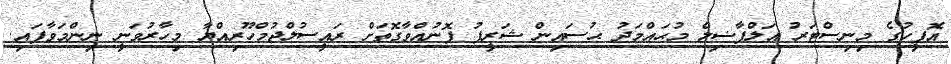
އޮފީހުގެ މިނިސްޓަރު އަލްފާޟިލް މުޙައްމަދު ޙުސައިން ޝަރީފު ފޮނުއްވާގޮތަށް ރައީސުލްޖުމްހޫރިއްޔާ މިހާރުވަނީ ނިންމަވާފައި.